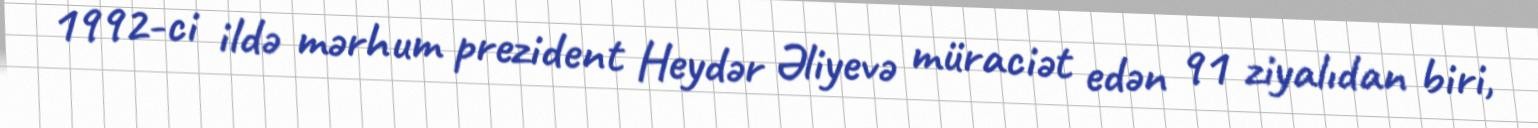
1992-ci ildə mərhum prezident Heydər Əliyevə müraciət edən 91 ziyalıdan biri,